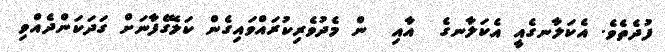
ފުދެތެވެ. އެކަލާނގެއީ އެކަލާނގެ  އާއި  ން މެދުވެރިކުރައްވައިގެން ކަލޭގެފާނަށް ގަދަކަންދެއްވި